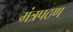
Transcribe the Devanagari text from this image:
मंत्रपठण